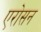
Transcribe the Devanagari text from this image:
एरोसन